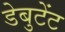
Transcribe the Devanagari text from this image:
डेबुटेंट